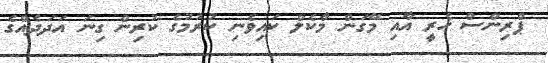
ޕްރިންސް ހެރީ އާއި މޭގަން މާކެލް ކައިވެނި ކުރުމުގެ ކުރިން ގިނަ އަދަދެއްގެ